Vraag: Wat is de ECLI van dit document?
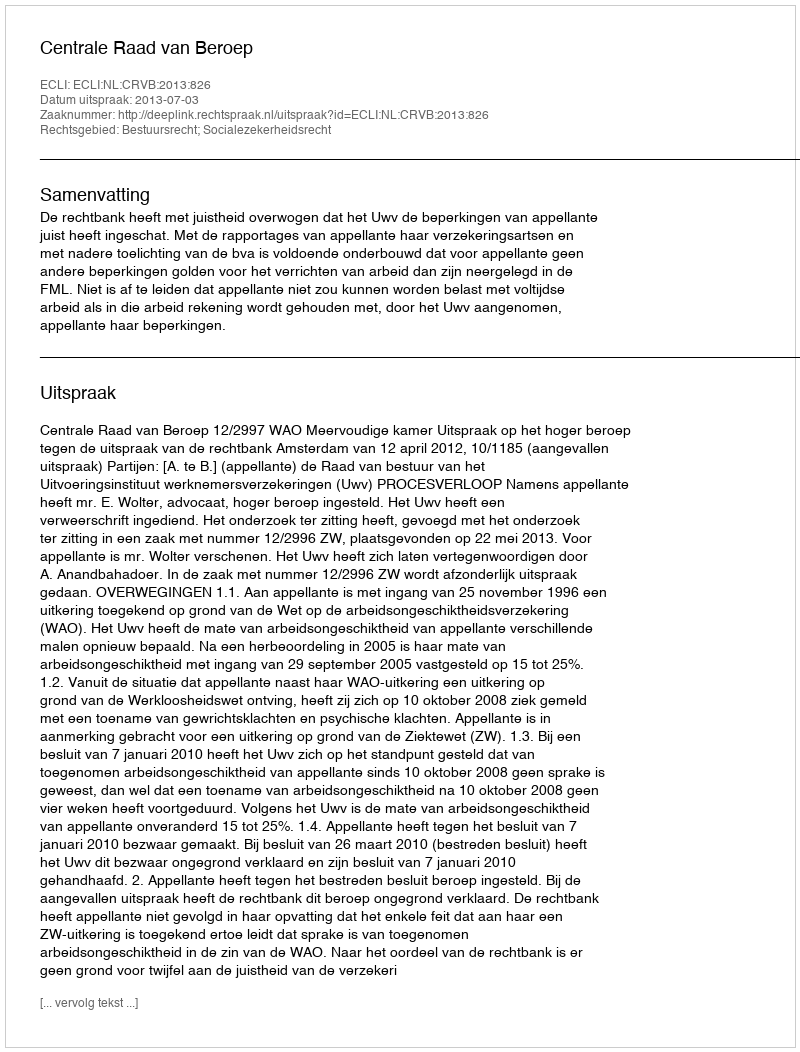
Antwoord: ECLI:NL:CRVB:2013:826